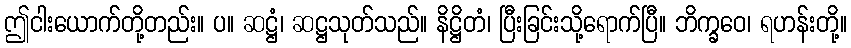
ဤငါးယောက်တို့တည်း။ ပ။ ဆဋ္ဌံ၊ ဆဋ္ဌသုတ်သည်။ နိဋ္ဌိတံ၊ ပြီးခြင်းသို့ရောက်ပြီ။ ဘိက္ခဝေ၊ ရဟန်းတို့။